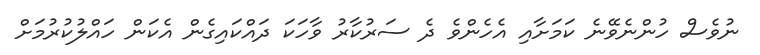
ނުވެސް ހުންނެވޭނެ ކަމަށާއި އެހެންވެ ދެ ސަރުކާރު ވާހަކަ ދައްކައިގެން އެކަން ހައްލުކުރުމަށް